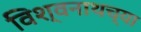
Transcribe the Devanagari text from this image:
विश्वनाथच्या